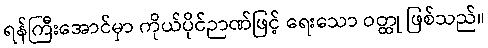
ရန်ကြီးအောင်မှာ ကိုယ်ပိုင်ဉာဏ်ဖြင့် ရေးသော ဝတ္ထု ဖြစ်သည်။